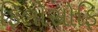
ફિલોસોફિ